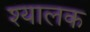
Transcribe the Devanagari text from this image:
श्यालक